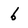
Character: 6